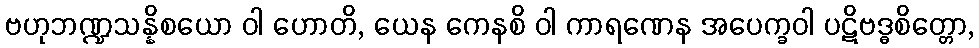
ဗဟုဘဏ္ဍသန္နိစယော ဝါ ဟောတိ, ယေန ကေနစိ ဝါ ကာရဏေန အပေက္ခဝါ ပဋိဗဒ္ဓစိတ္တော,